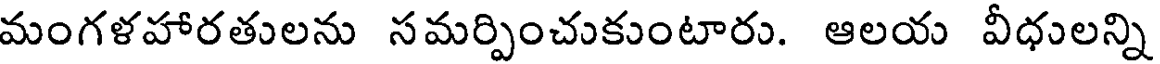
మంగళహారతులను సమర్పించుకుంటారు. ఆలయ వీధులన్ని